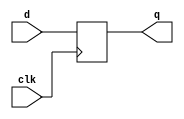
`timescale 1ns / 1ps
//////////////////////////////////////////////////////////////////////////////////
// Company: 
// Engineer: 
// 
// Design Name: 
// Module Name: d_flip_flop
// Project Name: 
// Target Devices: 
// Tool Versions: 
// Description: 
// 
// Dependencies: 
// 
// Revision:
// Revision 0.01 - File Created
// Additional Comments:
// 
//////////////////////////////////////////////////////////////////////////////////


module d_flip_flop(d,clk,q);
    input d,clk;
    output reg q;
    
    //reg qbar;
    
    
    always@(posedge clk)
    begin
        q=d;
    end
    /*
    wire j,k,dbar;
    
    nand n1(j,d,clk);
    not n2(dbar,d);
    nand n3(k,dbar,clk);
    nand n4(q,j,qbar);
    nand n5(qbar,k,q); */
endmodule